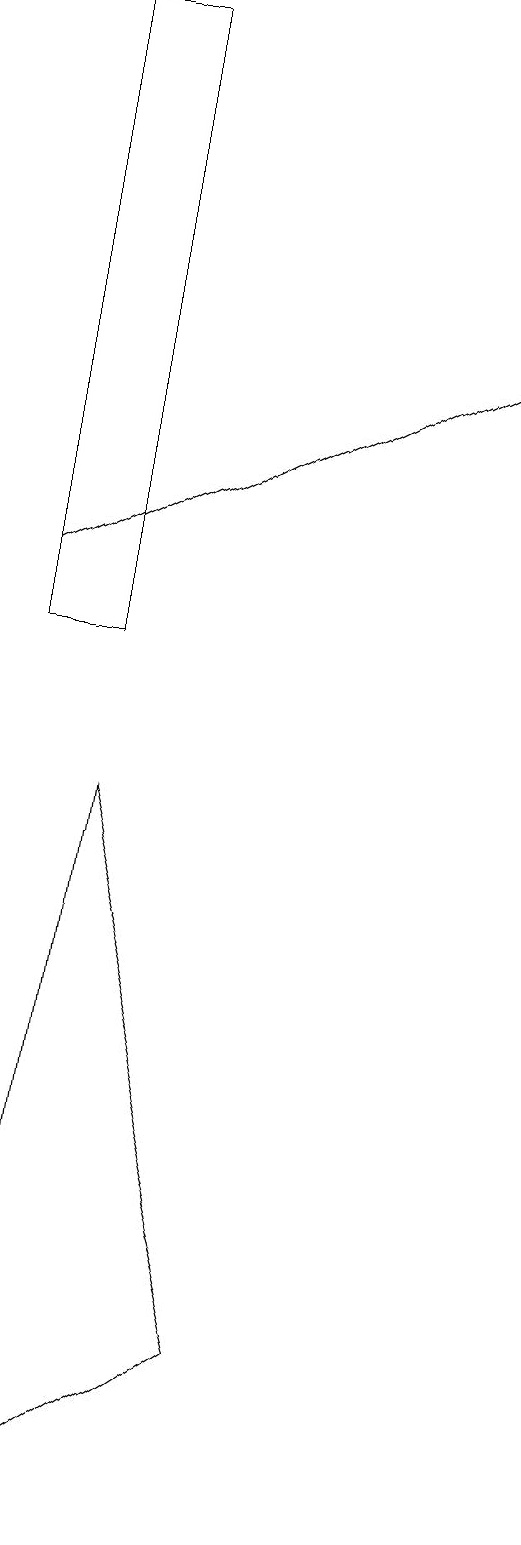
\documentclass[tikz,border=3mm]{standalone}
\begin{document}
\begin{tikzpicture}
\draw (3,19) rectangle (2,11);
\draw[->] (2,12) -- (8,15);
\draw (5,2) -- (3,9) -- (2,0) -- cycle;
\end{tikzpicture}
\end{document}